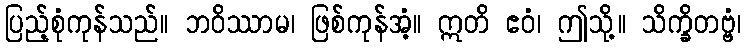
ပြည့်စုံကုန်သည်။ ဘဝိဿာမ၊ ဖြစ်ကုန်အံ့။ ဣတိ ဧဝံ၊ ဤသို့။ သိက္ခိတဗ္ဗံ၊